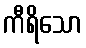
ကီရိသော